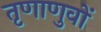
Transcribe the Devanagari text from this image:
तृणाणुवों